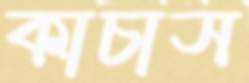
কাচাস